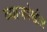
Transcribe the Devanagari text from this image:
व्याजदेखील